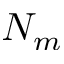
N _ { m }